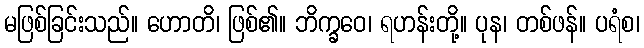
မဖြစ်ခြင်းသည်။ ဟောတိ၊ ဖြစ်၏။ ဘိက္ခဝေ၊ ရဟန်းတို့။ ပုန၊ တစ်ဖန်။ ပရံစ၊